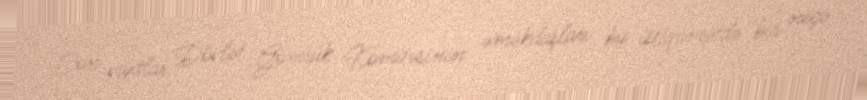
Son vaxtlar Dövlət Gömrük Komitəsinin əməkdaşları bu istiqamətdə bir neçə